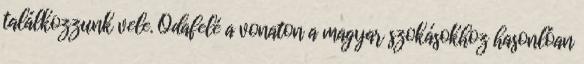
találkozzunk vele. Odafelé a vonaton a magyar szokásokhoz hasonlóan